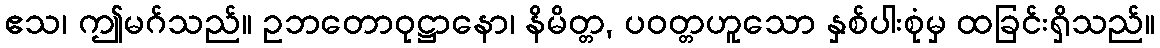
ဧသ၊ ဤမဂ်သည်။ ဥဘတောဝုဋ္ဌာနော၊ နိမိတ္တ, ပဝတ္တဟူသော နှစ်ပါးစုံမှ ထခြင်းရှိသည်။